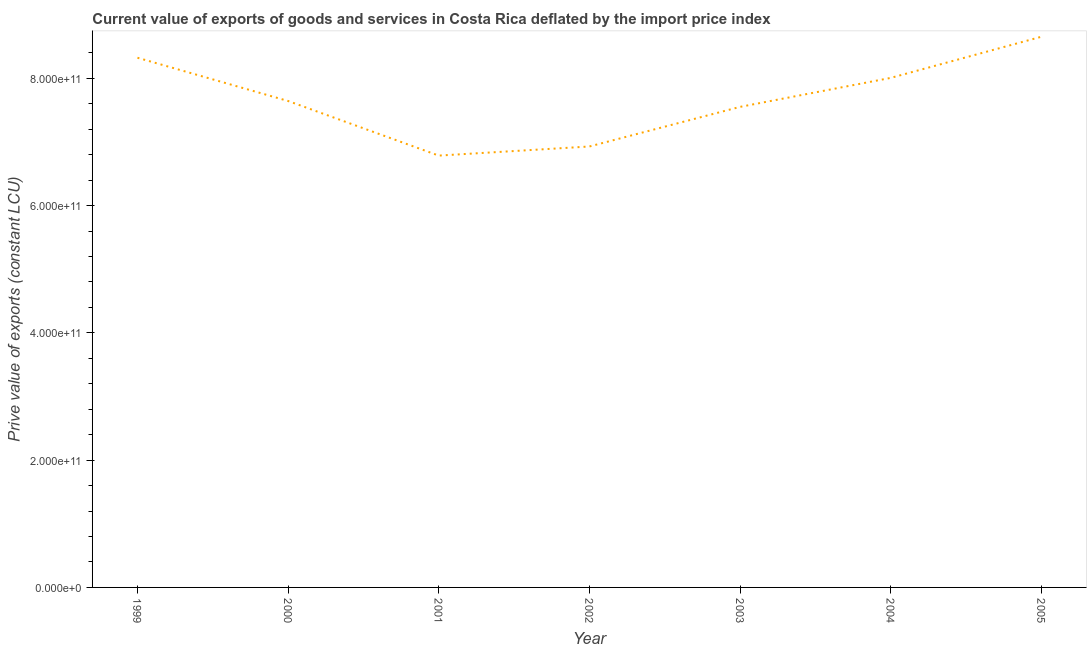
| Year | Exports as a capacity to import (constant LCU) |
 | --- | --- |
 | 1999 | 8.32e+11 |
 | 2000 | 7.64e+11 |
 | 2001 | 6.79e+11 |
 | 2002 | 6.93e+11 |
 | 2003 | 7.55e+11 |
 | 2004 | 8.01e+11 |
 | 2005 | 8.65e+11 |